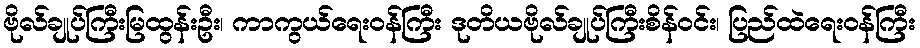
ဗိုလ်ချုပ်ကြီးမြထွန်းဦး၊ ကာကွယ်ရေးဝန်ကြီး ဒုတိယဗိုလ်ချုပ်ကြီးစိန်ဝင်း၊ ပြည်ထဲရေးဝန်ကြီး